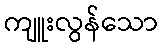
ကျူးလွန်သော